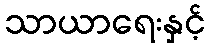
သာယာရေးနှင့်